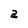
Character: a